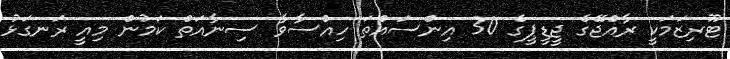
ޓޫރިޒަމަކީ ރާއްޖޭގެ ޖީޑީޕީގެ 30 އިންސައްތަ ހިއްސާވާ ސިނާއަތް ކަމުން މިއީ ރަނގަޅު